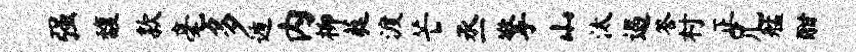
强馥款毫多遁内柳蕤渡芒丞擎山汰遏答村正兄艋酣